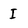
Character: I